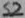
Text: S2